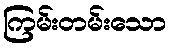
ကြမ်းတမ်းသော